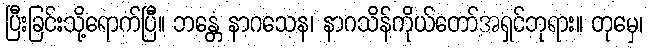
ပြီးခြင်းသို့ရောက်ပြီ။ ဘန္တေ နာဂသေန၊ နာဂသိန်ကိုယ်တော်အရှင်ဘုရား။ တုမှေ၊